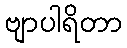
ဗျာပါရိတာ